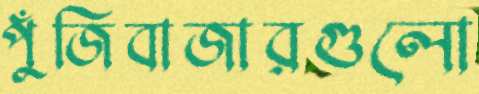
পুঁজিবাজারগুলো